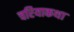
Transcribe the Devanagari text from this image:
चरियाकथा